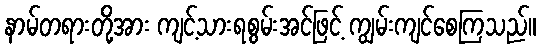
နာမ်တရားတို့အား ကျင့်သားရစွမ်းအင်ဖြင့် ကျွမ်းကျင်စေကြသည်။